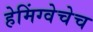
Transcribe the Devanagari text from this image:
हेमिंग्वेचेच